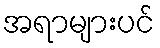
အရာများပင်